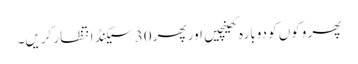
پھر وکوں کو دوبارہ کھینچیں اور پھر 30 سیکنڈ انتظار کریں۔